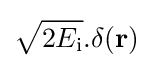
{\sqrt {2E_{\text{i}}}}.\delta (\mathbf {r} )